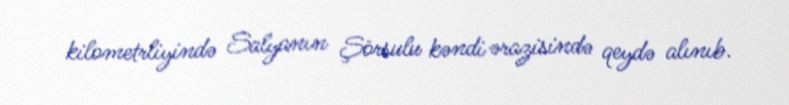
kilometrliyində Salyanın Şörsulu kəndi ərazisində qeydə alınıb.